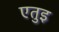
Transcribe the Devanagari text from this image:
एतुइ